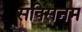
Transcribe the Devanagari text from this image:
सक्सिनम